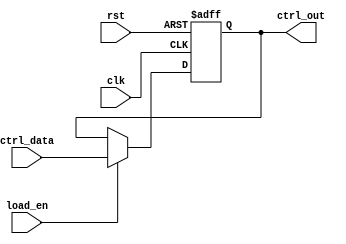
module control_register #(
    parameter N = 8  // Parameter to define the width of the control register
)(
    input wire clk,                // Clock signal
    input wire rst,                // Asynchronous reset signal
    input wire [N-1:0] ctrl_data,  // Control data input
    input wire load_en,            // Load enable signal
    output reg [N-1:0] ctrl_out    // Control register output
);

    // Asynchronous reset and synchronous load logic
    always @(posedge clk or posedge rst) begin
        if (rst) begin
            ctrl_out <= {N{1'b0}};  // Reset control register to 0
        end else if (load_en) begin
            ctrl_out <= ctrl_data;  // Load control data into register
        end
        // If load_en is not asserted, ctrl_out holds its previous value
    end

endmodule